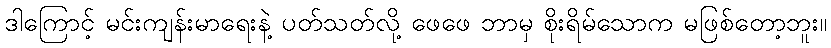
ဒါကြောင့် မင်းကျန်းမာရေးနဲ့ ပတ်သတ်လို့ ဖေဖေ ဘာမှ စိုးရိမ်သောက မဖြစ်တော့ဘူး။